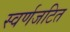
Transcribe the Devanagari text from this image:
स्वर्णजटित